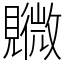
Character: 覹